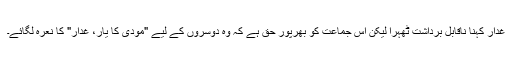
غدار کہنا ناقابلِ برداشت ٹھہرا لیکن اس جماعت کو بھرپور حق ہے کہ وہ دوسروں کے لیے "مودی کا یار، غدار" کا نعرہ لگائے۔